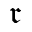
\mathfrak { r }